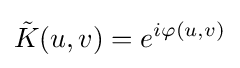
{\tilde {K}}(u,v)=e^{i\varphi (u,v)}